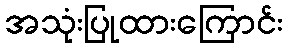
အသုံးပြုထားကြောင်း